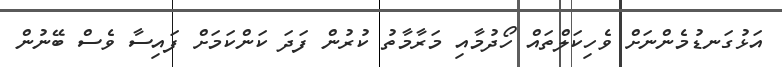
އަޅުގަނޑުމެންނަށް ވެހިކަލްތައް ހޯދުމާއި މަރާމާތު ކުރުން ފަދަ ކަންކަމަށް ފައިސާ ވެސް ބޭނުން